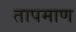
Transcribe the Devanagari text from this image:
तापमाण